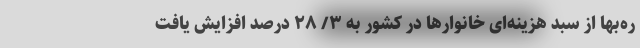
ره‌بها از سبد هزینه‌ای خانوارها در کشور به ۳/ ۲۸ درصد افزایش یافت